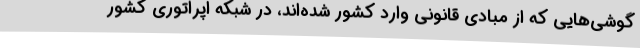
گوشی‌هایی که از مبادی قانونی وارد کشور شده‌اند، در شبکه اپراتوری کشور